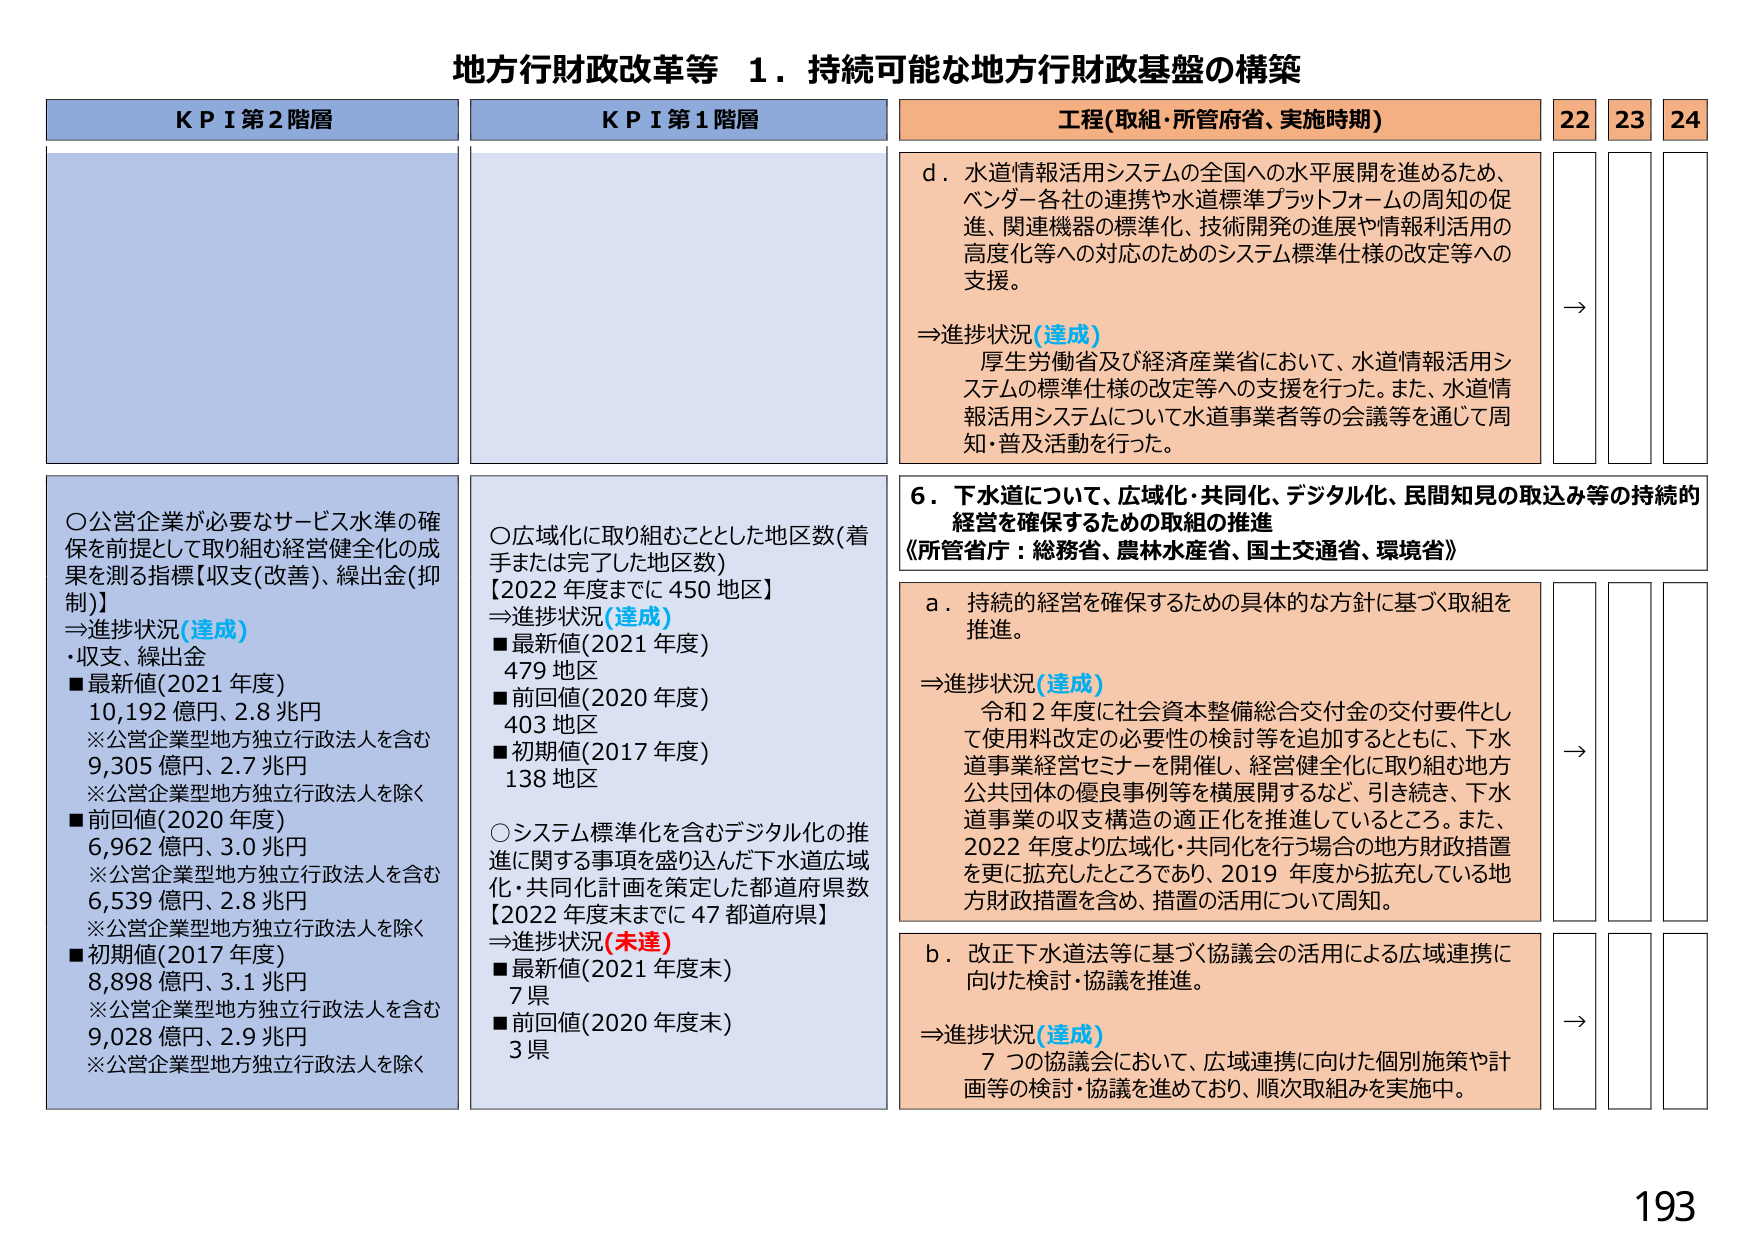
地方行財政改革等 1．持続可能な地方行財政基盤の構築

KPI 第2階層
○公営企業が必要なサービス水準の確保を前提として取り組む経営健全化の成果を測る指標【収支(改善)、繰出金(抑制)】
⇒進捗状況(達成)
・収支、繰出金
■最新値(2021年度)
10,192億円、2.8兆円
※公営企業型地方独立行政法人を含む
9,305億円、2.7兆円
※公営企業型地方独立行政法人を除く
■前回値(2020年度)
6,962億円、3.0兆円
※公営企業型地方独立行政法人を含む
6,539億円、2.8兆円
※公営企業型地方独立行政法人を除く
■初期値(2017年度)
8,898億円、3.1兆円
※公営企業型地方独立行政法人を含む
9,028億円、2.9兆円
※公営企業型地方独立行政法人を除く

KPI 第1階層
○広域化に取り組むこととした地区数(着手または完了した地区数)
【2022年度までに450地区】
⇒進捗状況(達成)
■最新値(2021年度)
479地区
■前回値(2020年度)
403地区
■初期値(2017年度)
138地区
○システム標準化を含むデジタル化の推進に関する事項を盛り込んだ下水道広域化・共同化計画を策定した都道府県数
【2022年度末までに47都道府県】
⇒進捗状況(未達)
■最新値(2021年度末)
7県
■前回値(2020年度末)
3県

工程(取組・所管府省、実施時期)
22 23 24
d．水道情報活用システムの全国への水平展開を進めるため、ベンダー各社の連携や水道標準プラットフォームの周知の促進、関連機器の標準化、技術開発の進展や情報利活用の高度化等への対応のためのシステム標準仕様の改定等への支援。
⇒進捗状況(達成)
厚生労働省及び経済産業省において、水道情報活用システムの標準仕様の改定等への支援を行った。また、水道情報活用システムについて水道事業者等の会議等を通じて周知・普及活動を行った。
→

6．下水道について、広域化・共同化、デジタル化、民間知見の取込み等の持続的経営を確保するための取組の推進
《所管省庁：総務省、農林水産省、国土交通省、環境省》
a．持続的経営を確保するための具体的な方針に基づく取組を推進。
⇒進捗状況(達成)
令和2年度に社会資本整備総合交付金の交付要件として使用料改定の必要性の検討等を追加するとともに、下水道事業経営セミナーを開催し、経営健全化に取り組む地方公共団体の優良事例等を横展開するなど、引き続き、下水道事業の収支構造の適正化を推進しているところ。また、2022年度より広域化・共同化を行う場合の地方財政措置を更に拡充したところであり、2019年度から拡充している地方財政措置を含め、措置の活用について周知。
→

b．改正下水道法等に基づく協議会の活用による広域連携に向けた検討・協議を推進。
⇒進捗状況(達成)
7つの協議会において、広域連携に向けた個別施策や計画等の検討・協議を進めており、順次取組みを実施中。
→

193